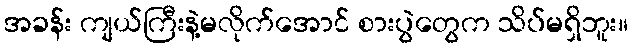
အခန်း ကျယ်ကြီးနဲ့မလိုက်အောင် စားပွဲတွေက သိပ်မရှိဘူး။